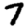
Digit: 7